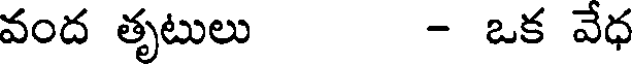
వంద తృటులు - ఒక వేధ